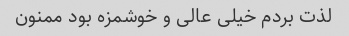
لذت بردم خیلی عالی و خوشمزه بود ممنون